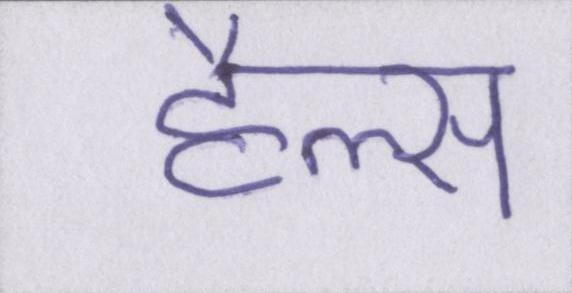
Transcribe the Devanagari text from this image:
हैल्स